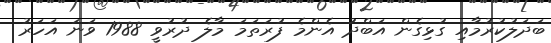
ބަދަލުކުރުމާއި ގުޅިގެން އަބްދު އެންމެ ފުރަތަމަ މާލެ ދުރުވީ 1988 ވަނަ އަހަރު